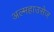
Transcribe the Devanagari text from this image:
अल्महाउसेज